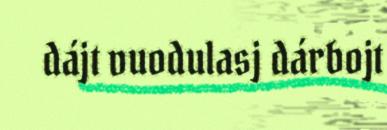
dájt vuodulasj dárbojt